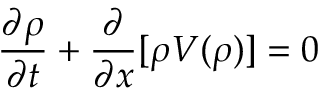
{ \frac { \partial \rho } { \partial t } } + { \frac { \partial } { \partial x } } [ \rho V ( \rho ) ] = 0